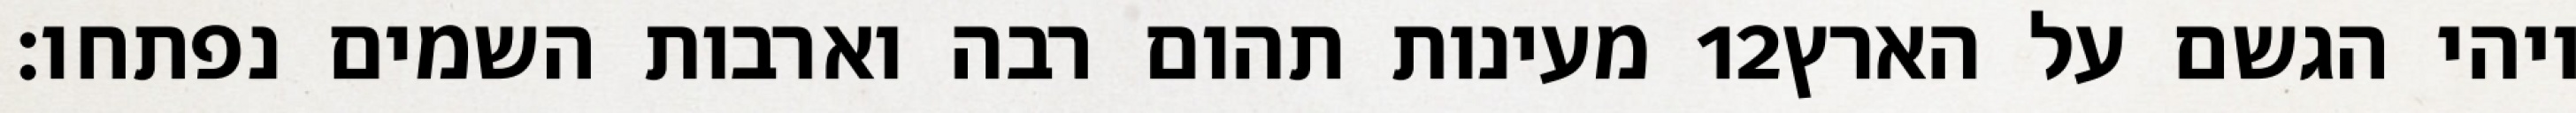
מעינות תהום רבה וארבות השמים נפתחו׃ ‎12‏ ויהי הגשם על הארץ